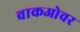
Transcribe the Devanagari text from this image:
वाकओवर